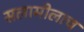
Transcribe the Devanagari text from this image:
सलामीलाच